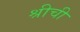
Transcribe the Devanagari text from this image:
श्रीची